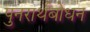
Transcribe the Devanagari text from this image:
पुनरार्थबोधन